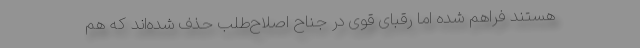
هستند فراهم شده اما رقبای قوی در جناح اصلاح‌طلب حذف شده‌اند که هم